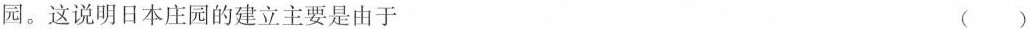
园。这说明日本庄园的建立主要是由于 ( )